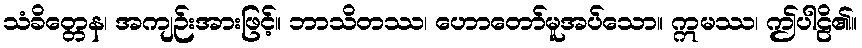
သံခိတ္တေန၊ အကျဉ်းအားဖြင့်။ ဘာသိတဿ၊ ဟောတော်မူအပ်သော။ ဣမဿ၊ ဤပါဠိ၏။